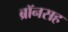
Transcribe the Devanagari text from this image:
ब्रॉनसह